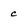
Character: c